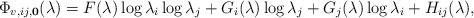
LaTeX: \begin{align*}\Phi_{v,ij,{\bf 0}}(\lambda) = F(\lambda)\log\lambda_i\log\lambda_j + G_i(\lambda)\log\lambda_j + G_j(\lambda) \log\lambda_i + H_{ij}(\lambda),\end{align*}